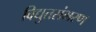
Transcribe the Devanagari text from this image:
विद्युतसंभरण